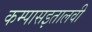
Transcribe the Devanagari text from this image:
कम्पासइतालवी